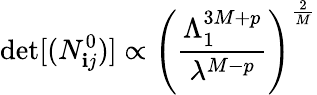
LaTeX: \operatorname*{det}[(N_{\mathbf{i}j}^{0})]\propto\left({\frac{{\Lambda_{1}^{3M+p}}}{{\lambda^{M-p}}}}\right)^{\frac{{2}}{{M}}}